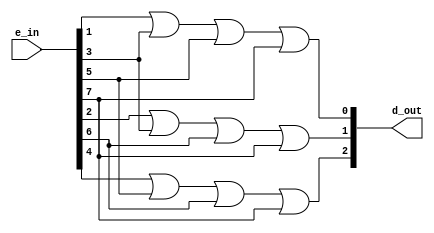
module encoder8to3(e_in, d_out);

    input [7:0] e_in;
    output wire[2:0] d_out;

    // Combinational encoder logic in SOP form
    assign d_out[0] = e_in[1] | e_in[3] | e_in[5] | e_in[7];
    assign d_out[1] = e_in[2] | e_in[3] | e_in[6] | e_in[7];
    assign d_out[2] = e_in[4] | e_in[5] | e_in[6] | e_in[7];

endmodule